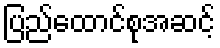
ပြည်ထောင်စုအဆင့်